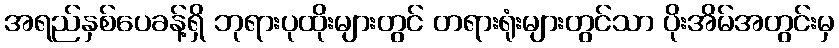
အရည်နှစ်ပေခန့်ရှိ ဘုရားပုထိုးများတွင် တရားရုံးများတွင်သာ ပိုးအိမ်အတွင်းမှ